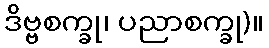
ဒိဗ္ဗစက္ခု၊ ပညာစက္ခု)။